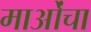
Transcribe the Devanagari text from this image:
माओंचा